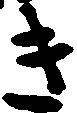
き